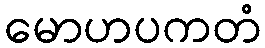
မောဟပကတံ